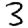
Digit: 3